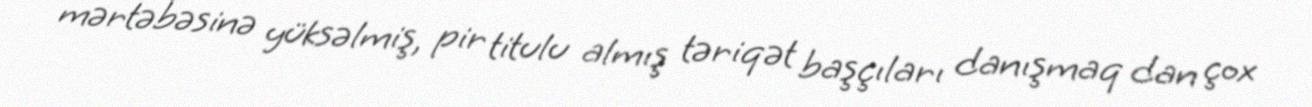
mərtəbəsinə yüksəlmiş, pir titulu almış təriqət başçıları danışmaq dan çox